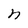
Character: n